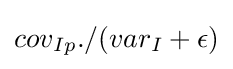
cov_{Ip}./(var_{I}+\epsilon )